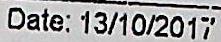
DATE: 13/10/2017